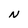
Character: N